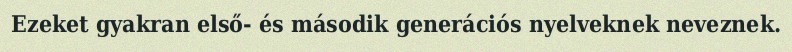
Ezeket gyakran első- és második generációs nyelveknek neveznek.